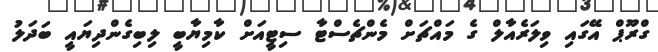
ގްރޫޕް އޭގައި ވިލަރެއާލް ގެ މައްޗަށް މެންޗެސްޓާ ސިޓީއަށް ކާމިޔާބީ ލިބިގެންދިޔައީ ބަދަލު